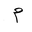
Letter: _mim